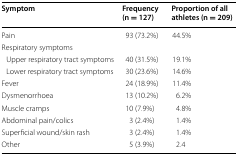
| Symptom | Frequency (n = 127) | Proportion of all athletes (n = 209) |
 | --- | --- | --- |
 | Pain | 93 (73.2%) | 44.5% |
 | <COLSPAN=3> Respiratory symptoms |
 | Upper respiratory tract symptoms | 40 (31.5%) | 19.1% |
 | Lower respiratory tract symptoms | 30 (23.6%) | 14.6% |
 | Fever | 24 (18.9%) | 11.4% |
 | Dysmenorrhoea | 13 (10.2%) | 6.2% |
 | Muscle cramps | 10 (7.9%) | 4.8% |
 | Abdominal pain/colics | 3 (2.4%) | 1.4% |
 | Superficial wound/skin rash | 3 (2.4%) | 1.4% |
 | Other | 5 (3.9%) | 2.4 |